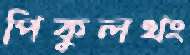
পিকুলথং